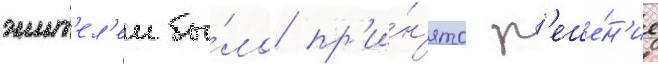
жит'ел'еи бы́ло пр'и́н'ято р'еше́н'ие